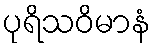
ပုရိသဝိမာနံ